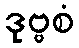
ဒုဗ္ဗစံ